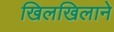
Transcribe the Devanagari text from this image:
खिलखिलाने